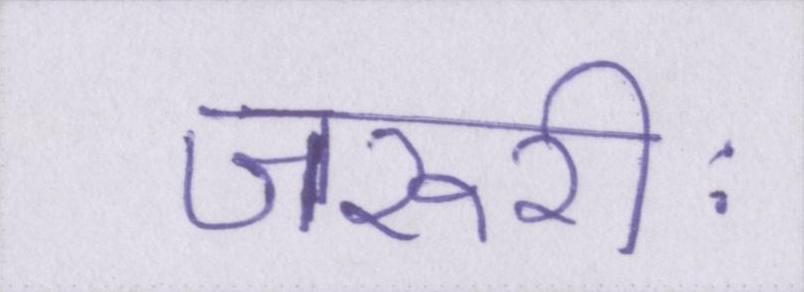
जरूरीः